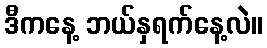
ဒီကနေ့ ဘယ်နှရက်နေ့လဲ။